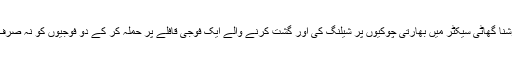
بھارت کا الزام ہے کہ پاکستانی فوجیوں نے کرشنا گھاٹی سیکٹر میں بھارتی چوکیوں پر شیلنگ کی اور گشت کرنے والے ایک فوجی قافلے پر حملہ کر کے دو فوجیوں کو نہ صرف ہلاک کیا بلکہ ان کی لاشیں بھی مسخ کر دیں۔